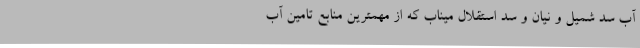
آب سد شمیل و نیان و سد استقلال میناب که از مهمترین منابع تامین آب